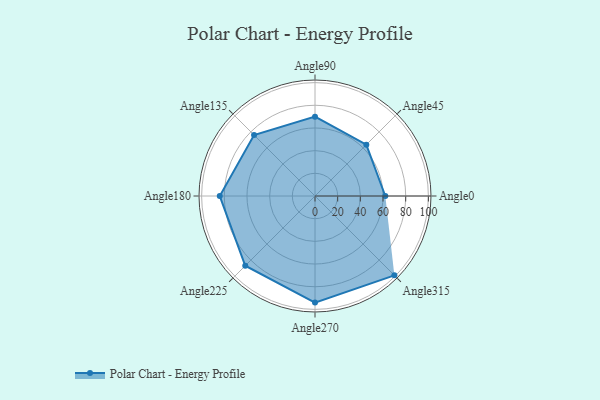
{"axis": {"x": "Angle", "y": "Radius"}, "legend": [""], "data": [{"x": "Angle0", "y": 62.0, "type": ""}, {"x": "Angle45", "y": 64.0, "type": ""}, {"x": "Angle90", "y": 70.0, "type": ""}, {"x": "Angle135", "y": 76.0, "type": ""}, {"x": "Angle180", "y": 84.0, "type": ""}, {"x": "Angle225", "y": 87.0, "type": ""}, {"x": "Angle270", "y": 94.0, "type": ""}, {"x": "Angle315", "y": 99.0, "type": ""}]}